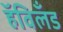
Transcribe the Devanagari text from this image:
हॅविलँड